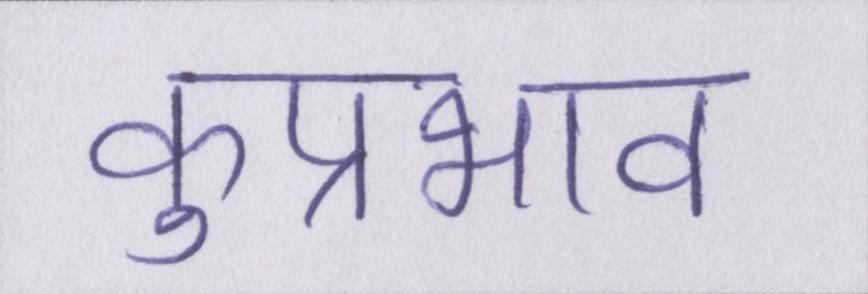
कुप्रभाव